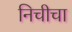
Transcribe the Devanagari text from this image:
निचीचा